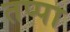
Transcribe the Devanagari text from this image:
तप्पा